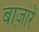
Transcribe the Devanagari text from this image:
बाज़ारें